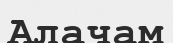
Алачам